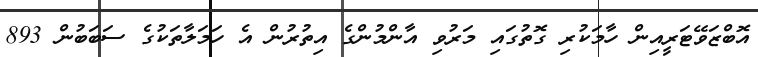
އޮބްޒަވޭޓަރީއިން ހާމަކުރި ގޮތުގައި މަރުވި އާންމުންގެ އިތުރުން އެ ހަމަލާތަކުގެ ސަބަބުން 893